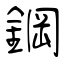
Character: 鋼